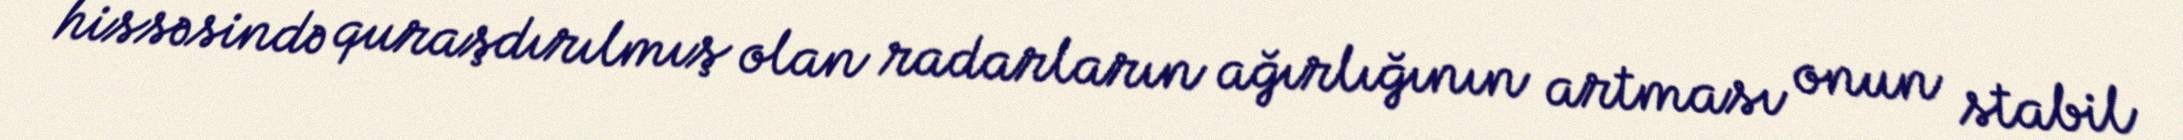
hissəsində quraşdırılmış olan radarların ağırlığının artması onun stabil